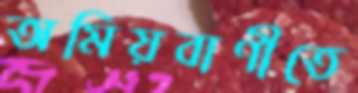
অমিয়বাণীতে